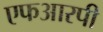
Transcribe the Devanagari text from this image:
एफआरपी